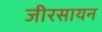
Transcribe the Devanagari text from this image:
जीरसायन